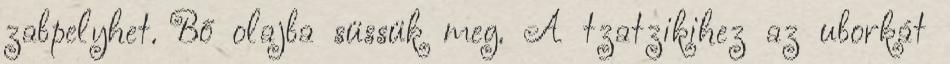
zabpelyhet. Bő olajba süssük meg. A tzatzikihez az uborkát